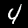
Label: 4